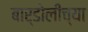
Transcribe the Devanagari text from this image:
बार्डोलीच्या